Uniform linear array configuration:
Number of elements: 32
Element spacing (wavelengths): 0.5
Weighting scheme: cosine
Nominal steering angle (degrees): -45
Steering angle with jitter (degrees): -46.153
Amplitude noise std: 0.05
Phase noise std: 0.05

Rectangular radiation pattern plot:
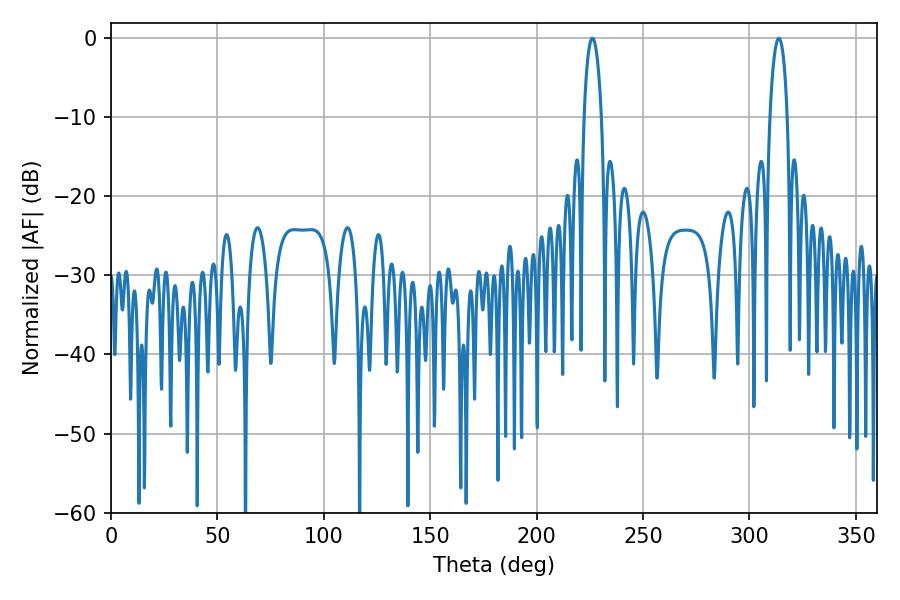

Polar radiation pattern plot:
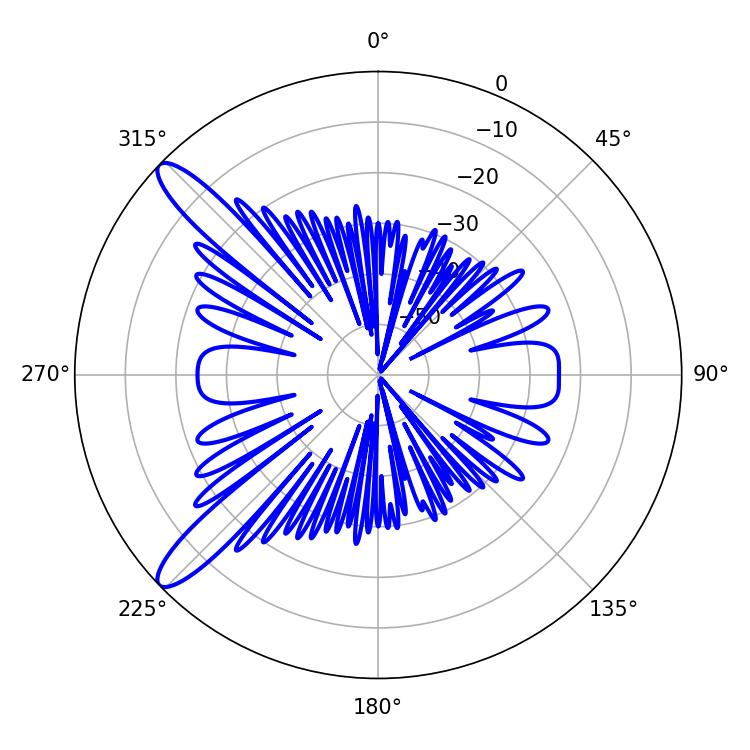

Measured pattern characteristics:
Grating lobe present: FALSE
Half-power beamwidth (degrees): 4.68
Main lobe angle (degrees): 313.74